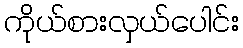
ကိုယ်စားလှယ်ပေါင်း